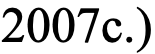
2007c.)